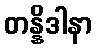
တန္နိဒါနာ